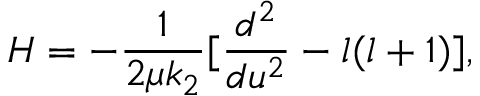
H = - \frac { 1 } { 2 \mu k _ { 2 } } [ \frac { d ^ { 2 } } { d u ^ { 2 } } - l ( l + 1 ) ] ,